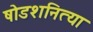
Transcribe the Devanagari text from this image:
षोडशनित्या